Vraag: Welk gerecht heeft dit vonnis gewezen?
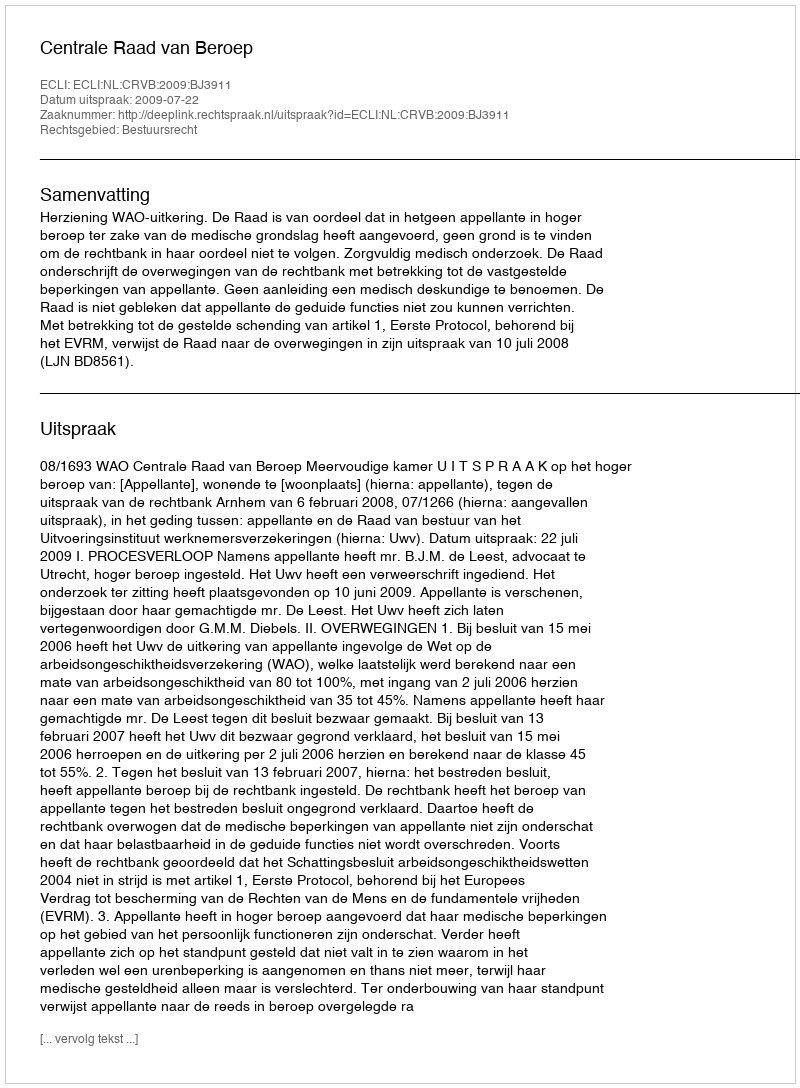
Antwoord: Centrale Raad van Beroep